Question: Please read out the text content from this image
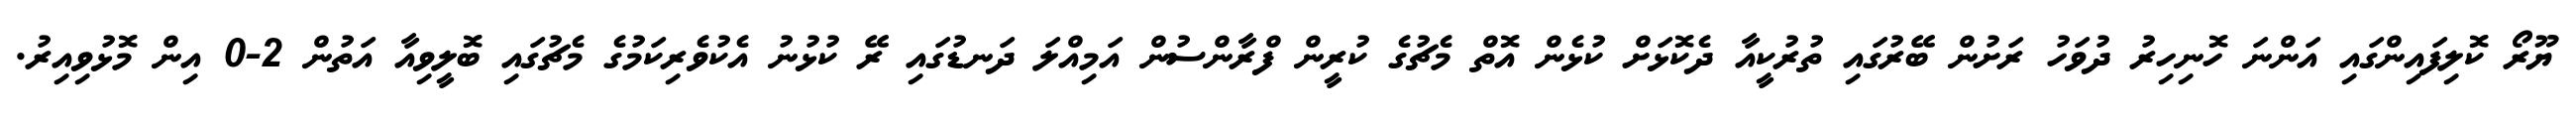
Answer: ޔޫރޯ ކޮލިފައިންގައި އަންނަ ހޮނިހިރު ދުވަހު ރަށުން ބޭރުގައި ތުރުކީއާ ދެކޮޅަށް ކުޅެން އޮތް މެޗުގެ ކުރީން ފްރާންސުން އަމިއްލަ ދަނޑުގައި ރޭ ކުޅުނު އެކުވެރިކަމުގެ މެޗުގައި ބޮލީވިއާ އަތުން 2-0 އިން މޮޅުވިއިރު.